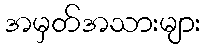
အမှတ်အသားများ